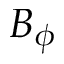
B _ { \phi }